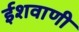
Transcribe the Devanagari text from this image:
ईशवाणी